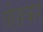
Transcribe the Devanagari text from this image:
तोङकर